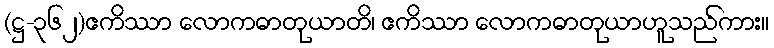
(ဋ္ဌ-၃၆၂)ဧကိဿာ လောကဓာတုယာတိ၊ ဧကိဿာ လောကဓာတုယာဟူသည်ကား။